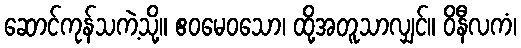
ဆောင်ကုန်သကဲ့သို့။ ဧဝမေဝသော၊ ထို့အတူသာလျှင်။ ဝိနီလကံ၊